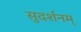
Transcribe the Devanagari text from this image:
सुदर्शनम्